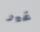
غير